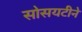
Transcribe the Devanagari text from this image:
सोसयटीने